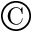
\copyright